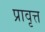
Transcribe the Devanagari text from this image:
प्रावृत्त